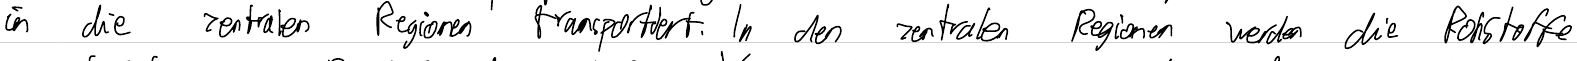
in die zentralen Regionen transportiert. In den zentralen Regionen werden die Rohstoffe